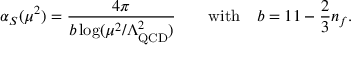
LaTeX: \alpha _ { S } ( \mu ^ { 2 } ) = { \frac { 4 \pi } { b \log ( \mu ^ { 2 } / \Lambda _ { \mathrm { Q C D } } ^ { 2 } ) } } \qquad \mathrm { w i t h } \quad b = 1 1 - { \frac { 2 } { 3 } } n _ { f } .